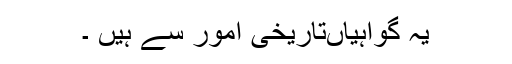
یہ گواہیاں‌تاریخی امور سے ہیں ۔